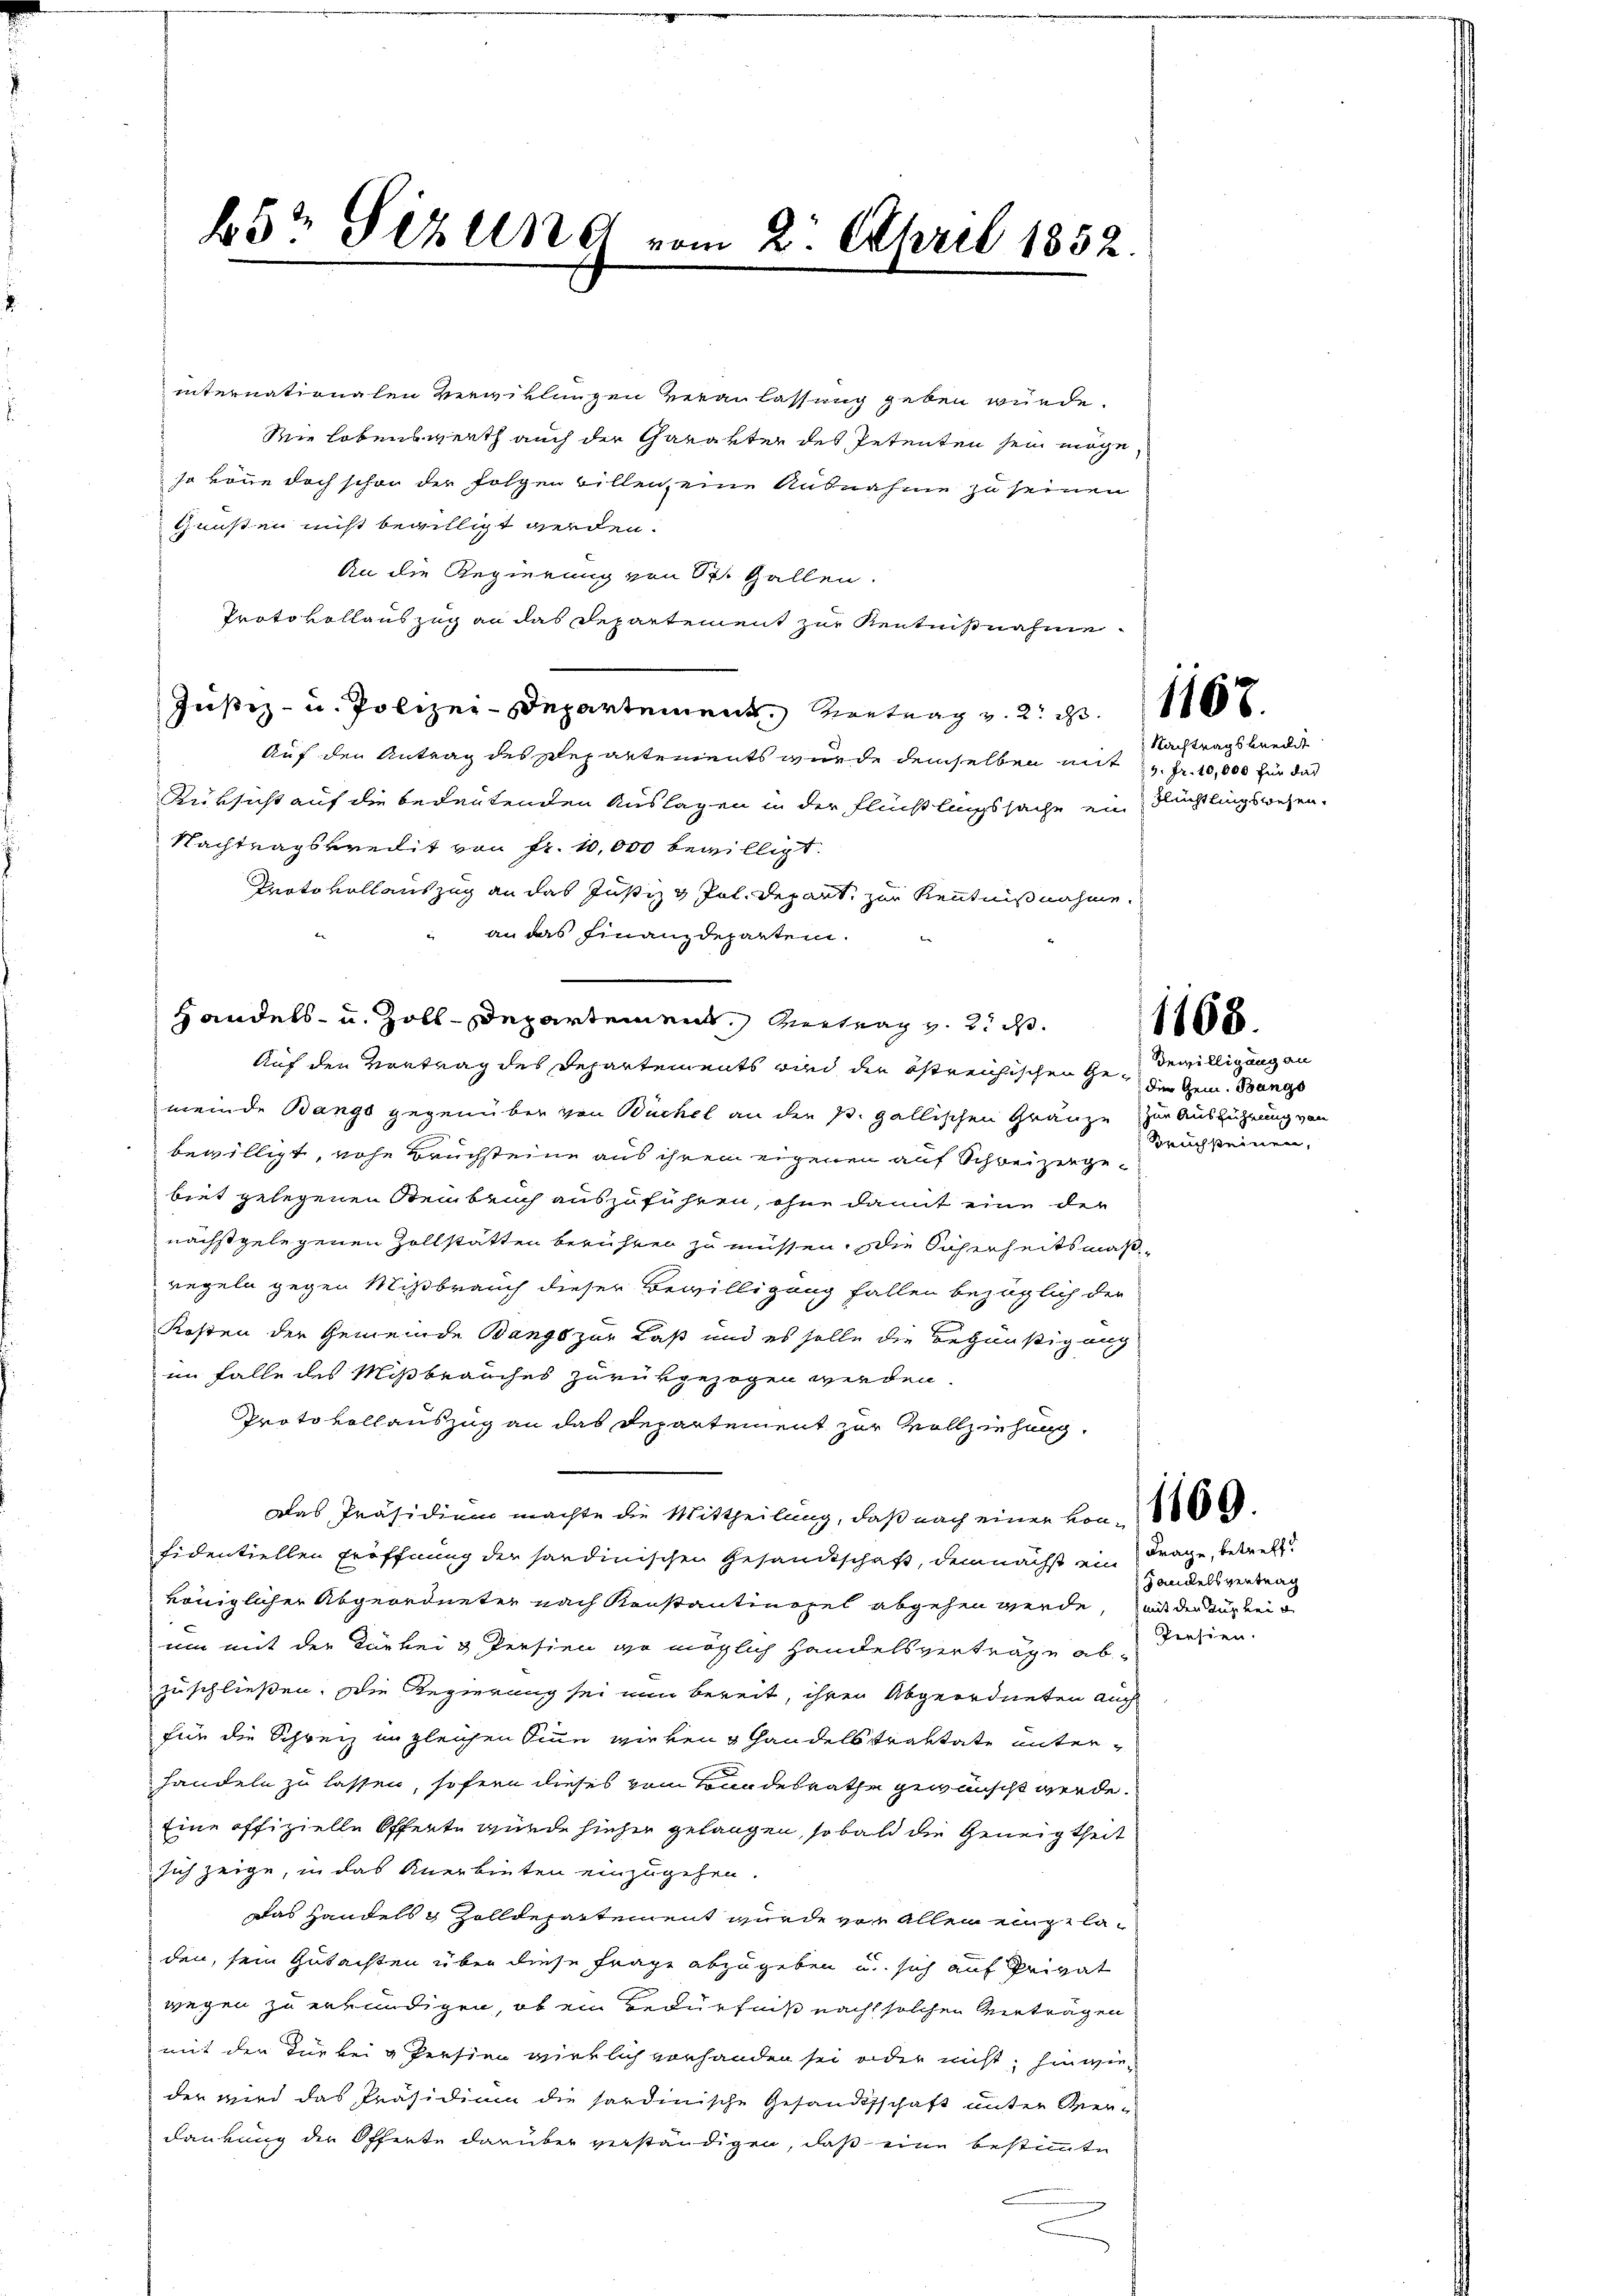
internationalen verwicklungen Veranlassung geben würde.
Wie lobenswerth auch der Garanter des Petenten sein möge,
so könne doch schon der Folgen Billen, eine Ausnahme zu seinen
Grüßen nicht bewilligt werden.
An die Regierung von St. Gallen.
Protokollauszug an das Departement zur Kentnißnahme
Justiz- u. Polizei-Departement Vertrag v. 2. ds.
Auf den Antrag des Departements wurde demselben mit u. fr. 10,000 für das
Rüksicht auf die bedeutenden Auslagen in der Flüchtlingssache ein Nüchtlingswesen.
Nachtragsvreilit von Fr. 10,000 bewilligt.
Protokoll auszug an das Justiz & Pol. Depart, zur Kenntnißnahme.
an das Finanzdeparten.
Handels- u. Zoll-Departement Vertrag v. 2. d.
Auf den Vortrag des Departements wird der östreichischen Ge- der Gem. Bungs
meinde Bangs gegenüber von Büchel an den s. gallischen Gränze zur Ausführung von
bewilligt, vohe Bruchsteine aus ihrem eigenen auf Schweizergebiet gelegenen Steinbeich auszuführen, ohne damit eine der
nächst gelegenen Zollstätten berühren zu müssen, die Sicherheitsmäßregeln gegen Mißbrauch dieser Bewilligung fallen bezüglich der
Kosten der Gemeinde Bangs zur Laß und es solle die Begünstigung
im Falle des Mißbrauches zurükgezogen werden.
Protokollauszug an das Departement zur Vollziehung,
Das Präsidium machte die Mittheilung, daß nach einer von
fidentiellen Eröffnung der sandinischen Gesandtschaft, demnächst ein Frage, betrett
königlicher Abgeordneter nach Konstantinopel abgehen werde, mit der Zugrei
um mit der Türkei & Persien ge möglich Handelsverträge abzuschließen. Die Regierung sei am bereit, ihren Abgeordneten auch
für die Schweiz im gleichen Sinne wirken Handelstraktate unterhandeln zu lassen, sofern dieses vom Bundesrathe gewünscht werde.
Eine offizielle Offente wurde hieher gelangen, so bald die Geneigtheil
sich zeige, in das Anerbieten einzugehen.
Das Handels 8 Zolldepartement wurde vor allen eingeladen, sein Gutachten über diese Frage abzugeben u. sich auf Privat
wegen zu erkundigen, ob ein Bedürfniß nach solchen Betragen
mit der Für bei u Persien wirklich vorhanden sei oder nicht hinwieder wird das Präsidium die sardinische Gesandtschaft unter Verdankung der Offerte darüber verständigen, daß eine bestimmte

65 Sizung vom 2. April 1852.

1167.

Nachtragskredit

1168.

Bewilligung an
Rauchsteinen,

Handelsvertrag
Tiesen.